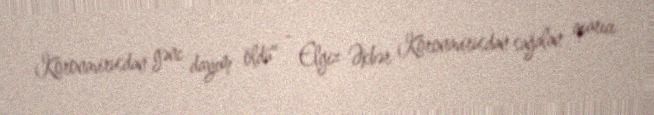
Koronavirusdan gənc dayım öldü" - Elgiz Əkbər Koronavirusdan sağalan aparıcı